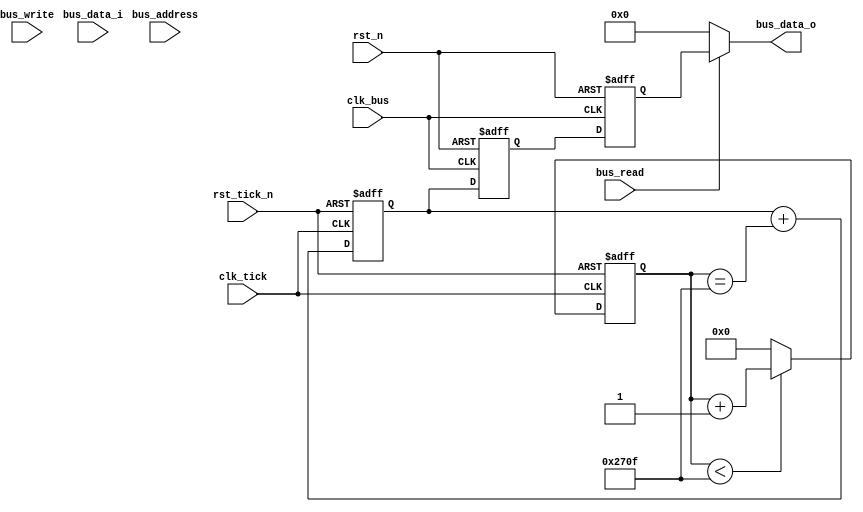
module ticker(

  input wire            clk_bus,
  input wire            rst_n,
  
  input wire            clk_tick,  //10MHz clock in
  input wire            rst_tick_n,

  //bus
  output wire[31:0]     bus_data_o,
  input wire[7:0]      bus_address,
  input wire[31:0]      bus_data_i,
  input wire            bus_read,
  input wire            bus_write

);

reg[31:0] ticker;
reg[31:0] ticker_d1;
reg[31:0] ticker_d2;

reg[13:0] prescaler;

assign bus_data_o = bus_read ? ticker_d2 : 32'd0;


always @(posedge clk_bus or negedge rst_n) begin
  if(!rst_n) begin
    ticker_d1 <= 32'd0;
  end else begin
    ticker_d1 <= ticker;
  end
end

always @(posedge clk_bus or negedge rst_n) begin
  if(!rst_n) begin
    ticker_d2 <= 32'd0;
  end else begin
    ticker_d2 <= ticker_d1;
  end
end

always @(posedge clk_tick or negedge rst_tick_n) begin
  if(!rst_tick_n) begin
    ticker <= 32'd0;
    prescaler <= 14'd0;
  end else begin
    prescaler <= (prescaler < 14'd9999) ? prescaler+1'b1 : 14'd0;
    ticker <= ticker + (prescaler == 14'd9999);  //ticker frequency is 1KHz
  end
end

endmodule